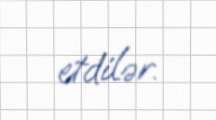
etdilər.